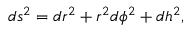
d s ^ { 2 } = d r ^ { 2 } + r ^ { 2 } d \phi ^ { 2 } + d h ^ { 2 } ,